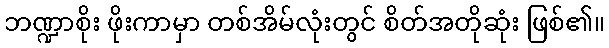
ဘဏ္ဍာစိုး ဖိုးကာမှာ တစ်အိမ်လုံးတွင် စိတ်အတိုဆုံး ဖြစ်၏။